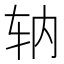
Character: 𫐇